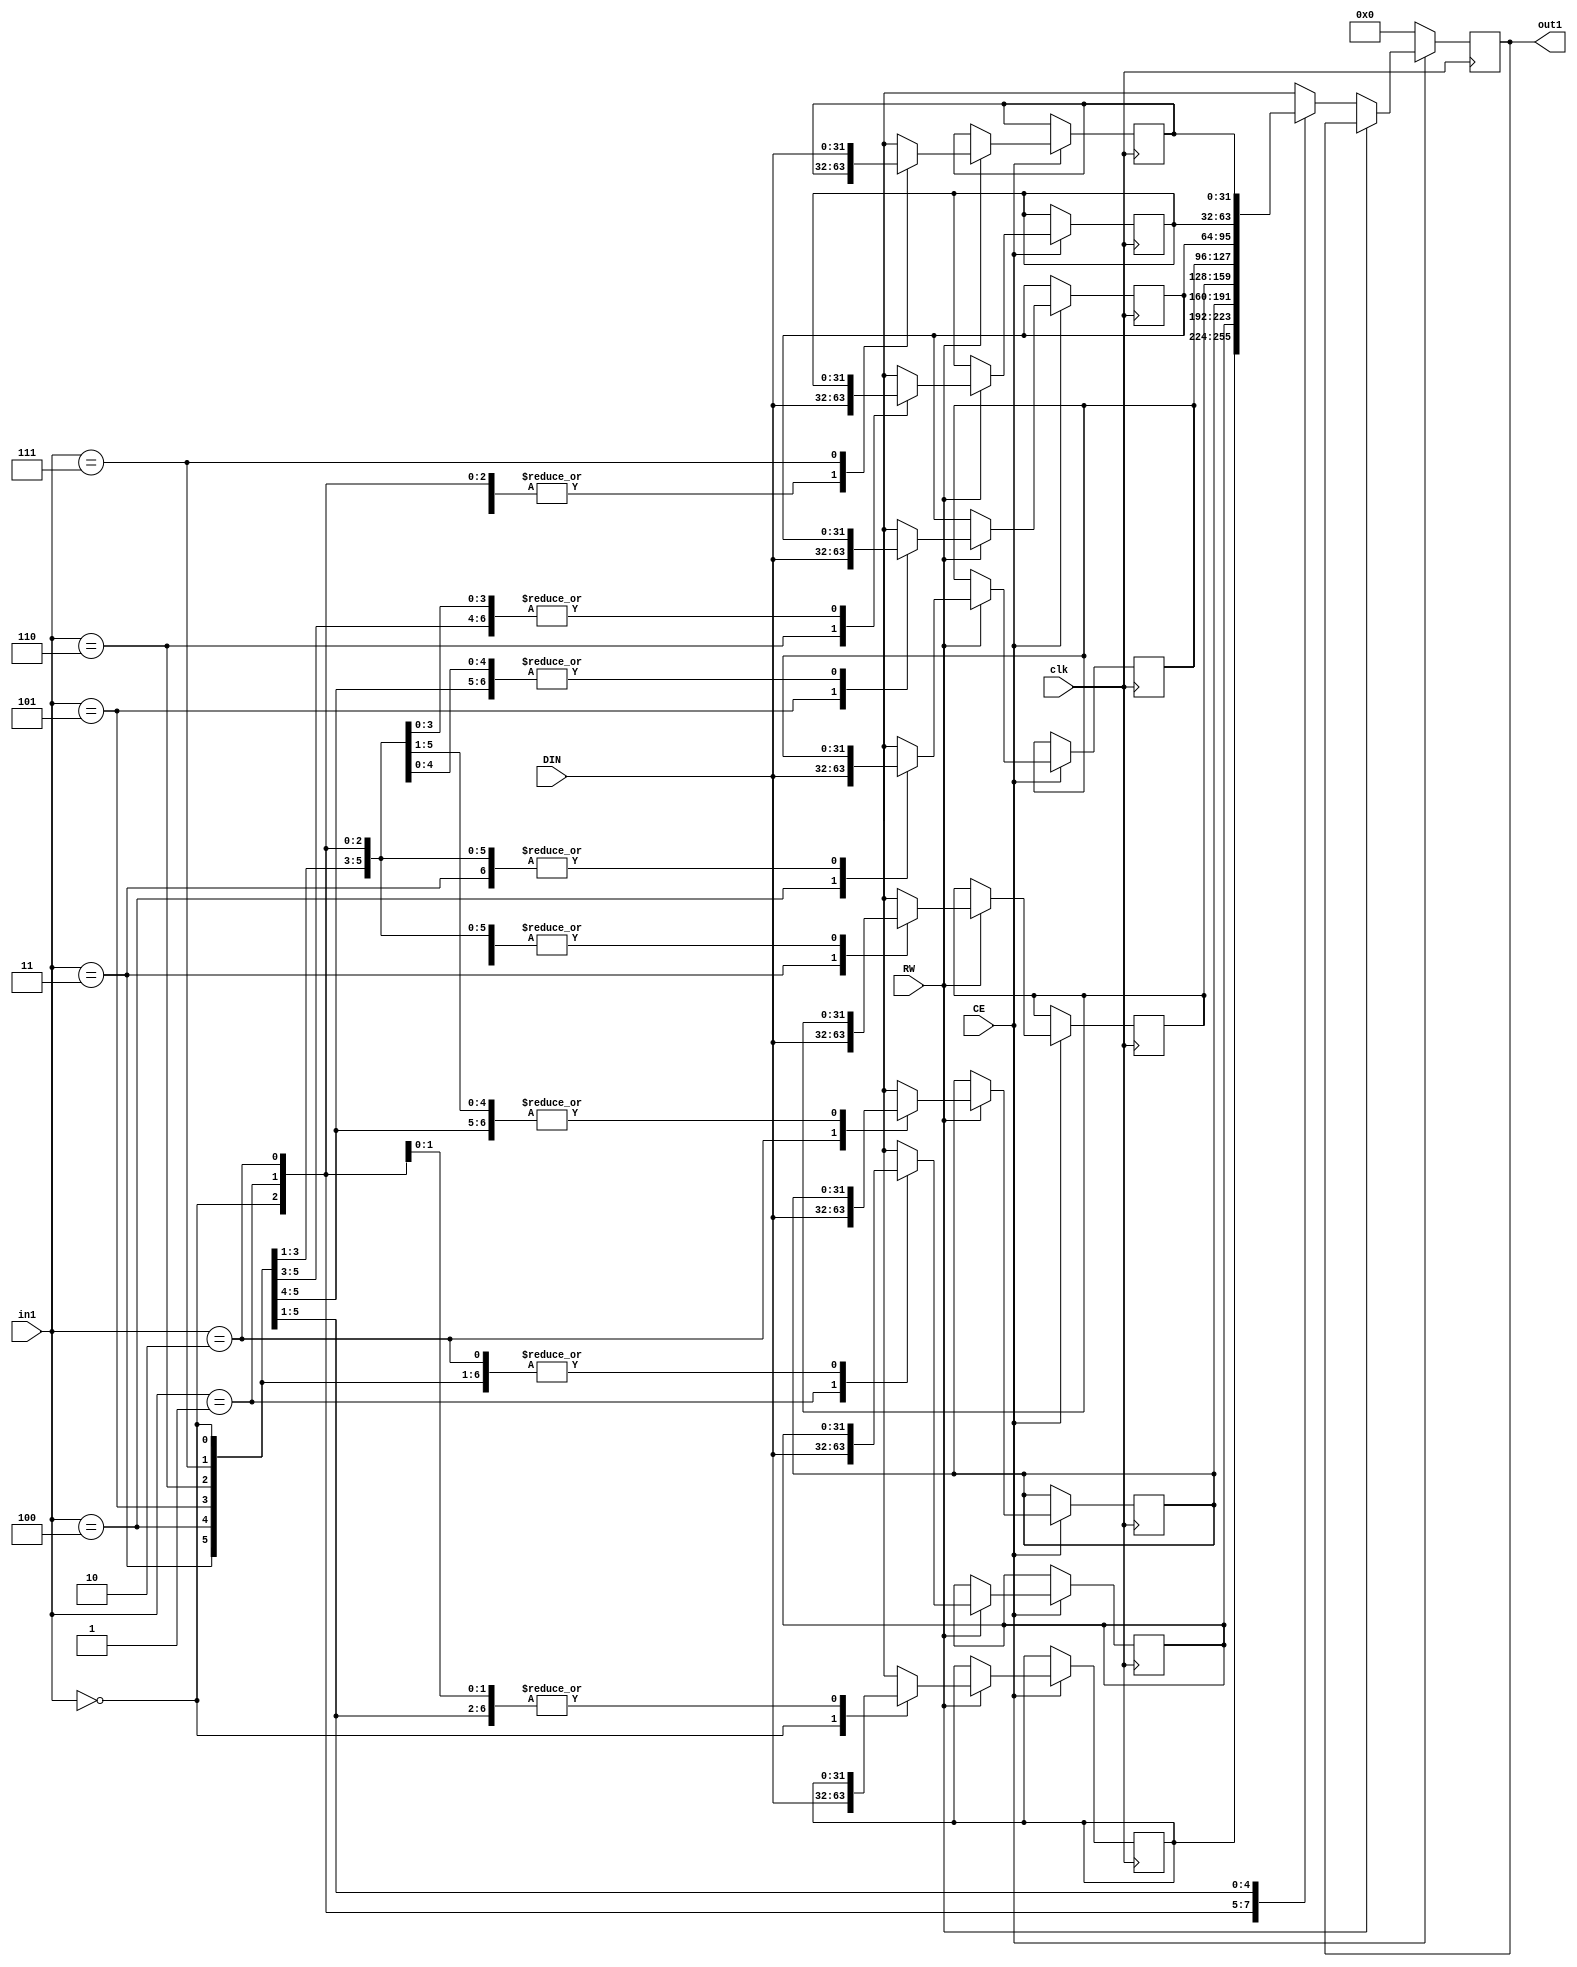
// Generated by stratus_hls 19.12-s100  (91710.131054)
// Mon Apr 18 10:40:55 2022
// from dut.cc

`timescale 1ps / 1ps

      
module dut_RAM_8X32_1(DIN, CE, RW, in1, out1, clk);

      input [31:0] DIN;
      input CE;
      input RW;
      input [2:0] in1;
      input clk;
      output [31:0] out1;
      reg [31:0] out1;
      reg[31:0] mem[7:0];

         // rtl_process:dut/dut_RAM_8X32_1_thread_1
         always @(posedge clk)
          begin :dut_RAM_8X32_1_thread_1
            if (CE) begin
               if (RW) begin
                  mem[in1] = DIN;
               end
               else begin
                  out1 <= mem[in1];
               end
            end
            else begin
               out1 <= 32'd0000000000;
            end
         end


endmodule